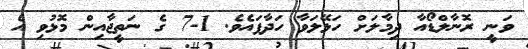
ވަނީ ރޮނާލްޑޯއާ ދިމާލަށް ހަޅޭލަވާ ހަދާފައެވެ. 1-7 ގެ ނަތީޖާއިން މޮޅުވި އެ